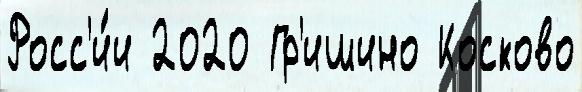
Росс'и́и 2020 Гр'ишино Косково